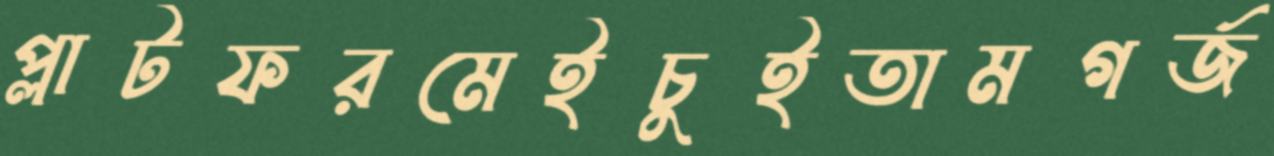
প্লাটফরমেইচুইতামগর্জ